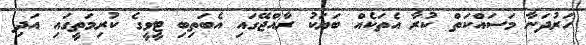
ހަރުދަނާ މަސައްކަތް ކުރާ އެތަކެއް ބަޔަކު ރާއްޖޭގައި އެބަތިބި ޓީވީގެ ކުރިމަތީގައި އަދި